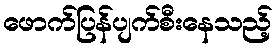
ဖောက်ပြန်ပျက်စီးနေသည့်